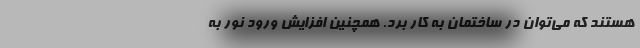
هستند که می‌توان در ساختمان به کار برد. همچنین افزایش ورود نور به